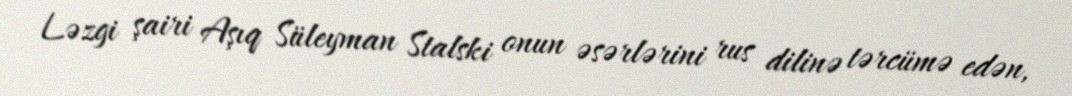
Ləzgi şairi Aşıq Süleyman Stalski onun əsərlərini rus dilinə tərcümə edən,